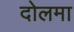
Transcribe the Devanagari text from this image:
दोलमा